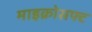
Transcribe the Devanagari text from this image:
माइक्रोसफ्ट